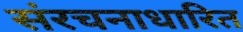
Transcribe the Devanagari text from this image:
संरचनाधारित